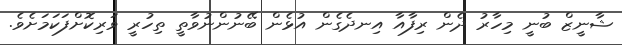
ޝާނީޒް ބުނީ މިހާރު ދެން ރިފާއާ އިނދެގެން އުޅެން ބޭނުންނުވާތީ ތިހުރީ ވަރިކޮށްފަކަމަށެވެ.